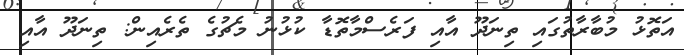
އަތޮޅު މުބާރާތުގައި ތިނަދޫ އާއި ފަރެސްމާތޮޑާ ކުޅުނު މެޗުގެ ތެރެއިން: ތިނަދޫ އާއި